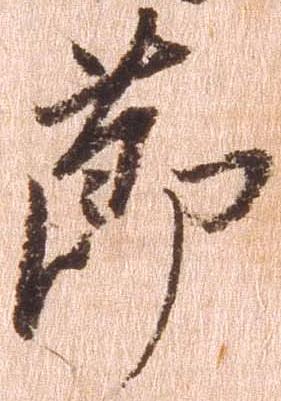
節